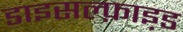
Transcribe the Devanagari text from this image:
डाइसल्फ़ाइ़ड